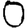
Digit: 0